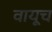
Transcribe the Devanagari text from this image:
वायूच